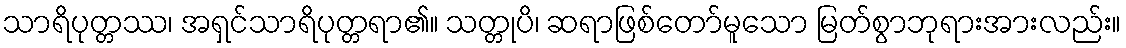
သာရိပုတ္တဿ၊ အရှင်သာရိပုတ္တရာ၏။ သတ္တုပိ၊ ဆရာဖြစ်တော်မူသော မြတ်စွာဘုရားအားလည်း။